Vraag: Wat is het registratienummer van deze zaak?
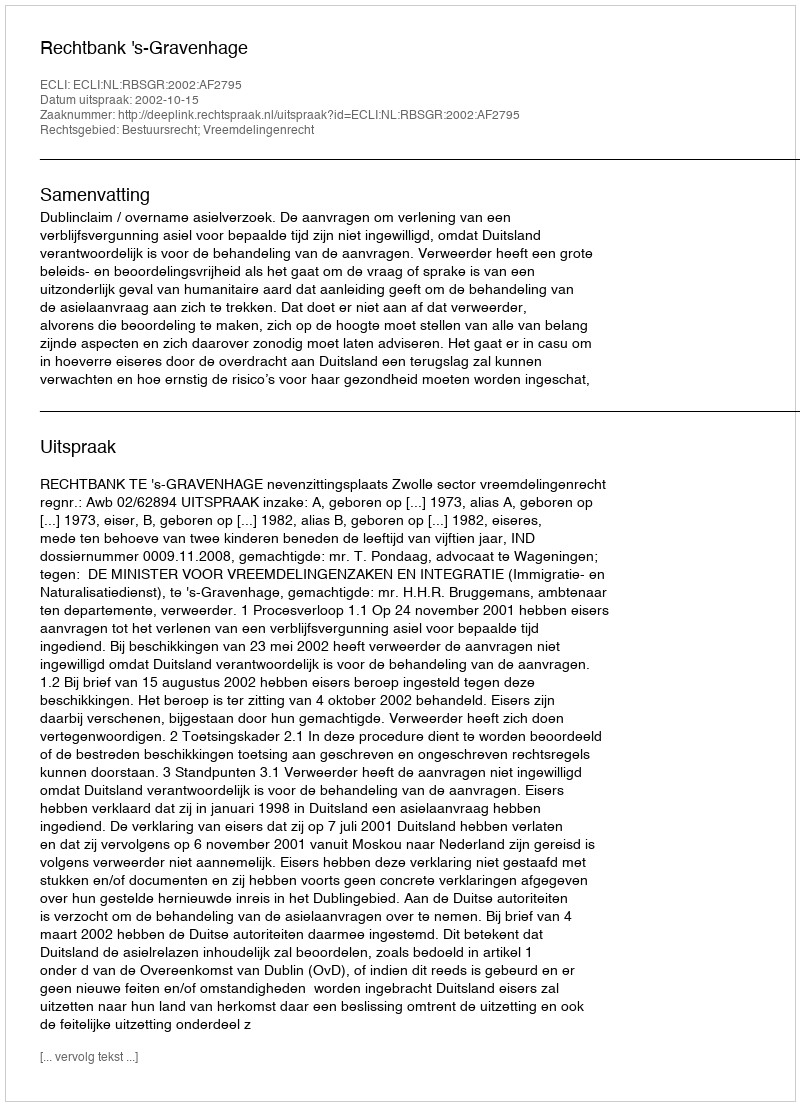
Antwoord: http://deeplink.rechtspraak.nl/uitspraak?id=ECLI:NL:RBSGR:2002:AF2795